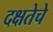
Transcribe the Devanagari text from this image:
दक्षतेचे